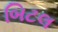
બિટલ